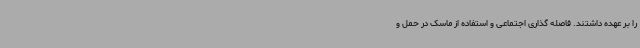
را بر عهده داشتند. فاصله گذاری اجتماعی و استفاده از ماسک در حمل و